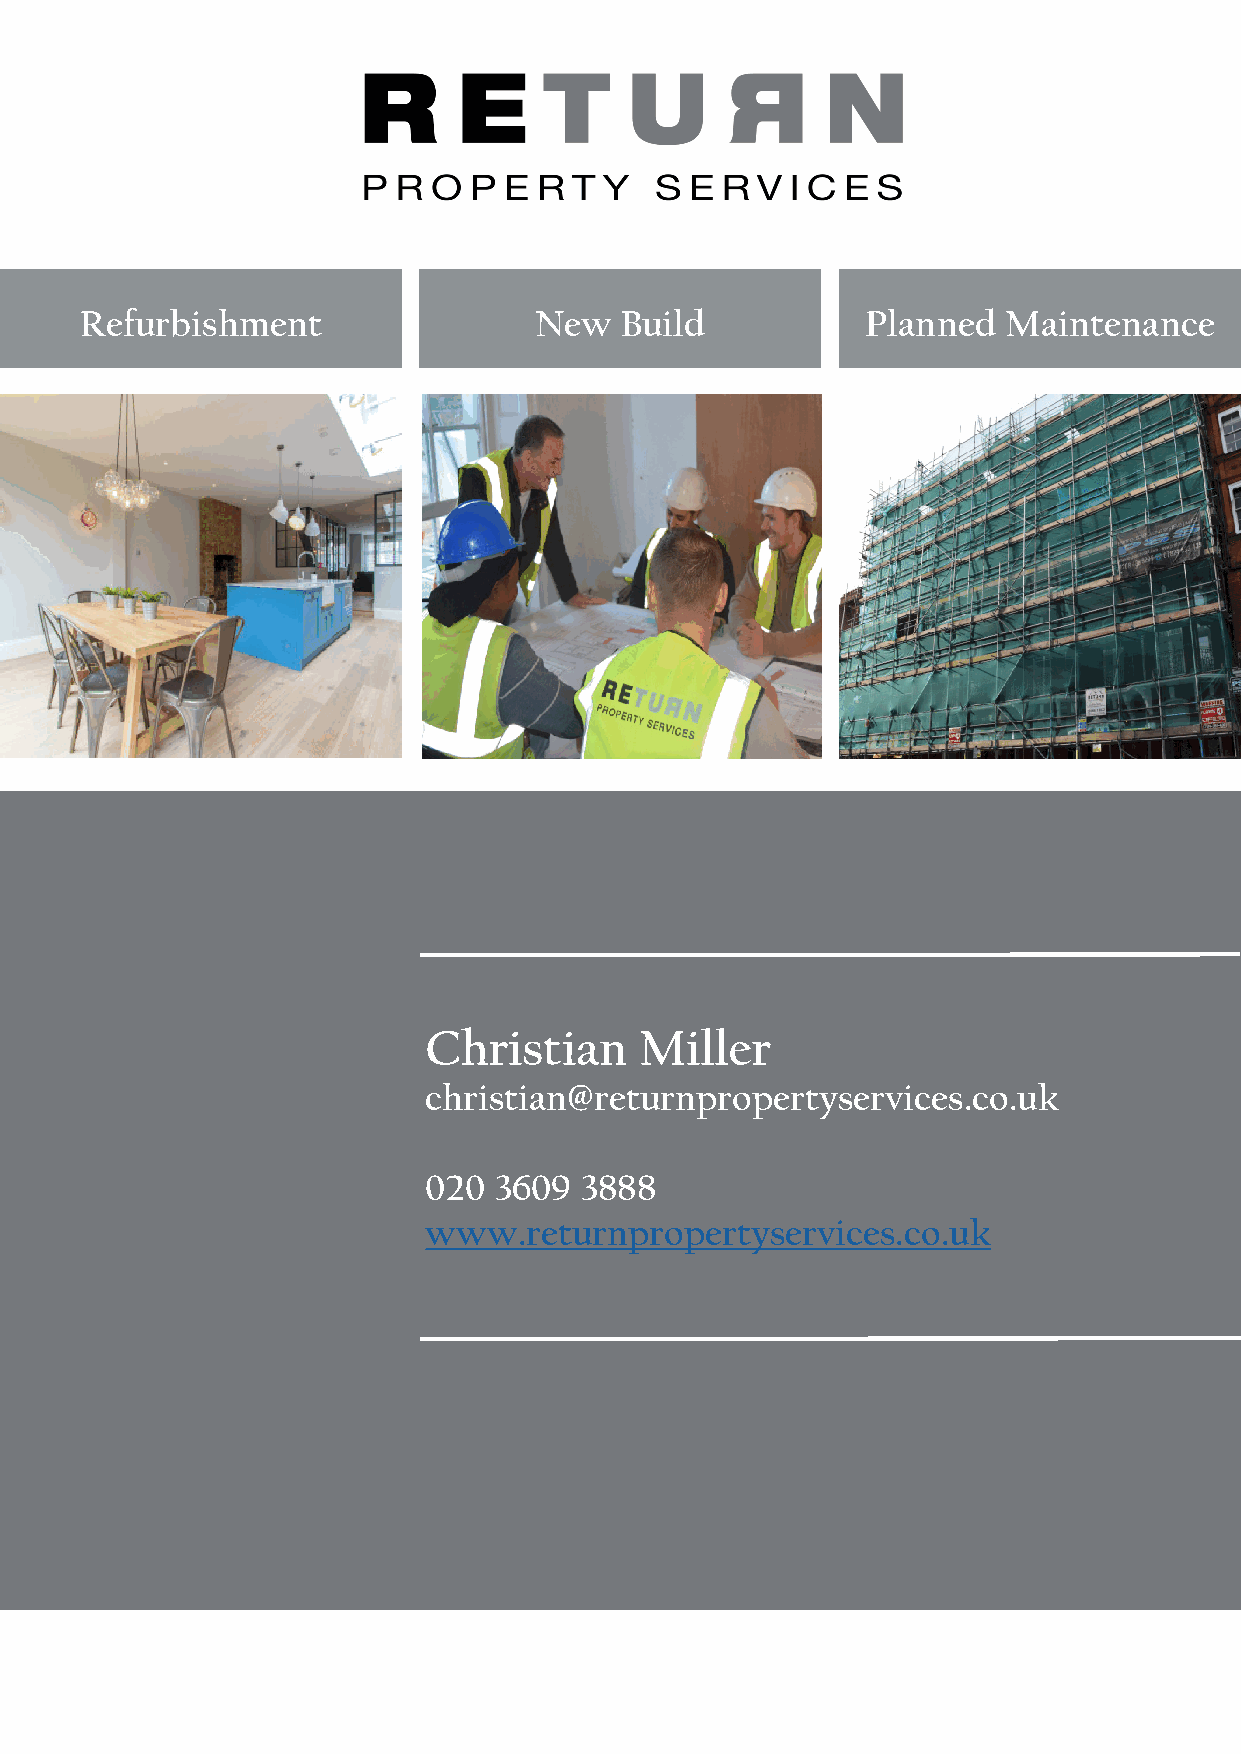
Refurbishment                 New   Build           Planned  Maintenance
 Christian     Miller
 christian@returnpropertyservices.co.uk
 020  3609 3888
 www.returnpropertyservices.co.uk